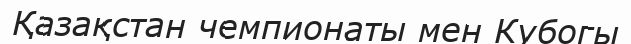
Қазақстан чемпионаты мен Кубогы